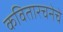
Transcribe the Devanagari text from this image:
कवितारचनेचे